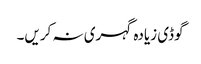
گوڈی زیادہ گہری نہ کریں۔